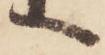
へ